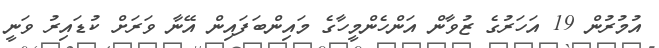
އުމުރުން 19 އަހަރުގެ ޒުވާން އަންހެންމީހާގެ މައިންބަފައިން އޭނާ ވަރަށް ކުޑައިރު ވަނީ